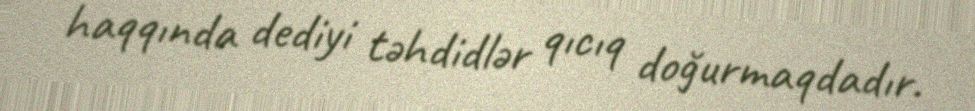
haqqında dediyi təhdidlər qıcıq doğurmaqdadır.